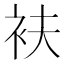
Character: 衭